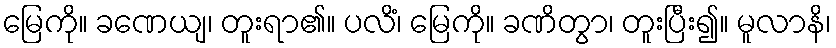
မြေကို။ ခဏေယျ၊ တူးရာ၏။ ပလိံ၊ မြေကို။ ခဏိတွာ၊ တူးပြီး၍။ မူလာနိ၊